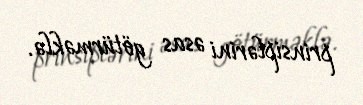
prinsiplərini əsas götürməklə.